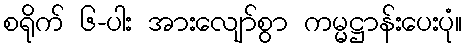
စရိုက် ၆-ပါး အားလျော်စွာ ကမ္မဋ္ဌာန်းပေးပုံ။